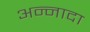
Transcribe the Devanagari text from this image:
अन्नादा